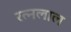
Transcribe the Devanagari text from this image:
रत्नलाल